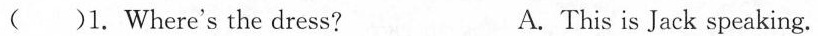
( )1.Where's the dress? A.This is Jack speaking.